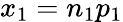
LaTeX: x_{1}=n_{1}p_{1}